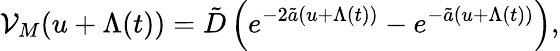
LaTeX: \mathcal{V}_{M}(u+\Lambda(t))=\tilde{D}\left(e^{-2\tilde{a}(u+\Lambda(t))}-e^{-\tilde{a}(u+\Lambda(t))}\right),